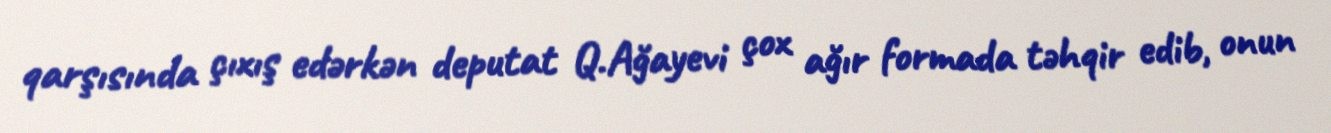
qarşısında çıxış edərkən deputat Q.Ağayevi çox ağır formada təhqir edib, onun